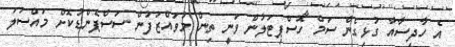
އެ ހާދިސާއާ ގުޅިގެން ސަމް ހޮސްޕިޓަލުން ވަނީ ތިން މުވައްޒަފުން ސަސްޕެންޑުކޮށް މައްސަލަ